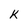
Character: K